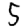
Digit: 5